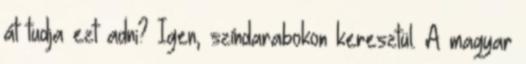
át tudja ezt adni? Igen, színdarabokon keresztül. A magyar